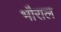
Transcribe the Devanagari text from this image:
भौराल